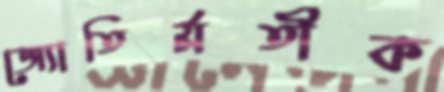
জ্যোতির্মতীক